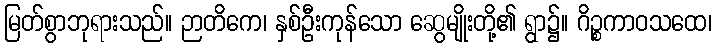
မြတ်စွာဘုရားသည်။ ဉာတိကေ၊ နှစ်ဦးကုန်သော ဆွေမျိုးတို့၏ ရွာ၌။ ဂိဉ္စကာဝသထေ၊